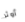
أوثر